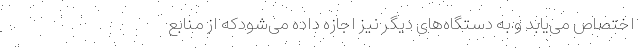
اختصاص می‌یابد و به دستگاه‌های دیگر نیز اجازه داده می‌شودکه از منابع